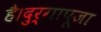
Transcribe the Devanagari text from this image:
है।दुर्गापूजा